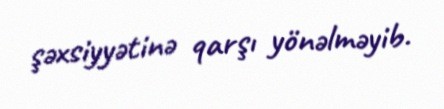
şəxsiyyətinə qarşı yönəlməyib.